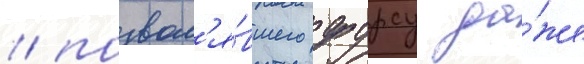
/ позвол'я́вшего фурсу да́же